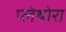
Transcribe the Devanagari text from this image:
प्लेथोरा